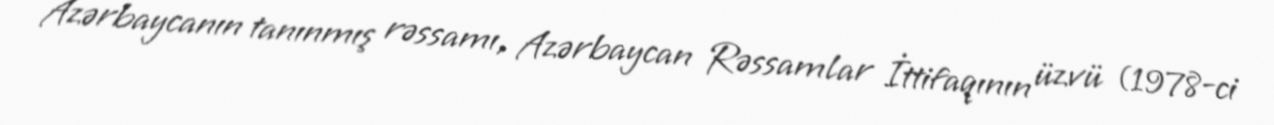
Azərbaycanın tanınmış rəssamı, Azərbaycan Rəssamlar İttifaqının üzvü (1978-ci